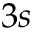
3 s